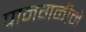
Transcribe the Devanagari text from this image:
पानगळीने